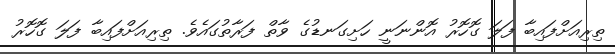
ތިރިއަށްފައިބާ ފަލަ ގޮހޮރު އޮންނަނީ ހަށިގަނޑުގެ ވާތް ފަރާތުގައެވެ. ތިރިއަށްފައިބާ ފަލަ ގޮހޮރު